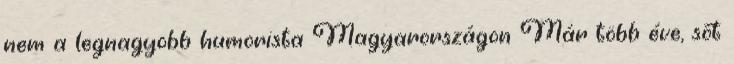
nem a legnagyobb humorista Magyarországon Már több éve, sőt